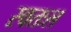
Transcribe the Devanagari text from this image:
स्वतःल